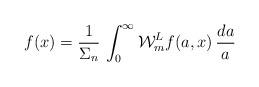
LaTeX: \begin{align*}f(x)=\frac{1}{\Sigma_n}\,\int_0^\infty\mathcal W_m^Lf(a,x)\,\frac{da}{a}\end{align*}